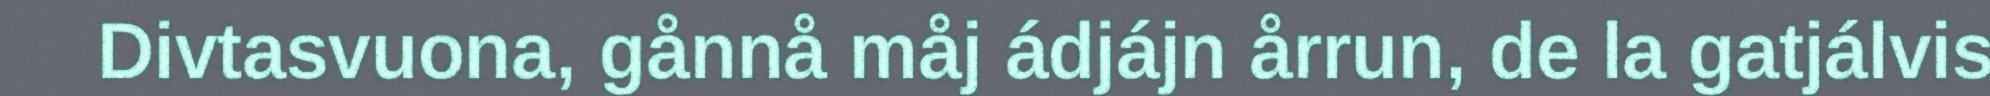
Divtasvuona, gånnå måj ádjájn årrun, de la gatjálvis